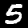
Digit: 5